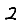
Digit: 2